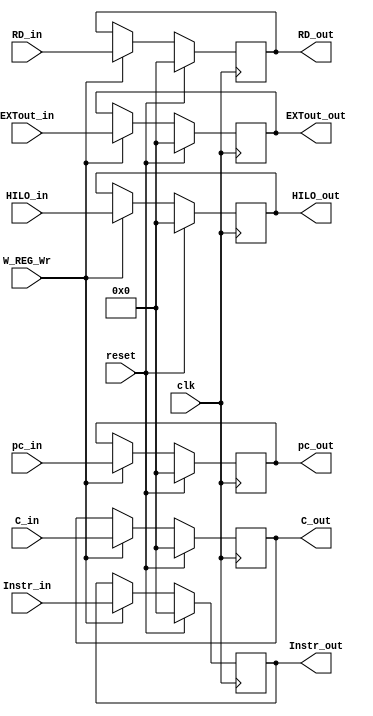
module W_REG (
    input wire clk,
    input wire reset,
    input wire W_REG_Wr,
    input wire [31:0] Instr_in,
    input wire [31:0] pc_in,
    input wire [31:0] C_in,
    input wire [31:0] RD_in,
    input wire [31:0] EXTout_in,
    input wire [31:0] HILO_in,
    output reg [31:0] Instr_out,
    output reg [31:0] pc_out,
    output reg [31:0] C_out,
    output reg [31:0] RD_out,
    output reg [31:0] EXTout_out,
    output reg [31:0] HILO_out
);
    always @(posedge clk) begin
        if (reset) begin
            Instr_out <= 0;
            pc_out <= 0;
            C_out <= 0;
            RD_out <= 0;
            EXTout_out <= 0;
            HILO_out <= 0;
        end
        else if (W_REG_Wr) begin
            Instr_out <= Instr_in;
            pc_out <= pc_in;
            C_out <= C_in;
            RD_out <= RD_in;
            EXTout_out <= EXTout_in;
            HILO_out <= HILO_in;
        end
    end
endmodule